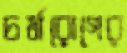
চর্মরোগের